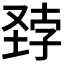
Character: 𪣽